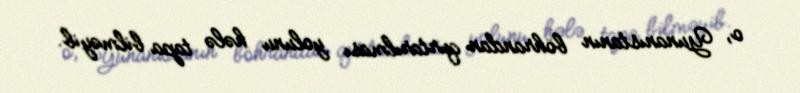
o, Yunanıstanın böhrandan qurtarılması yolunu hələ tapa bilməyib.